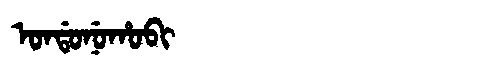
Manchu: ᠣᠨᡩᠣᠨᡠᡥᠣᠪᡳ
Romanization: ONDONUHOBI